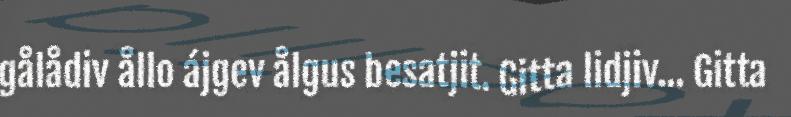
gålådiv ållo ájgev ålgus besatjit. Gitta lidjiv... Gitta